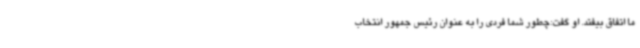
ما اتفاق بیفتد. او گفت:‌چطور شما فردی را به عنوان رئیس جمهور انتخاب